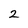
Character: 2